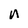
Character: n